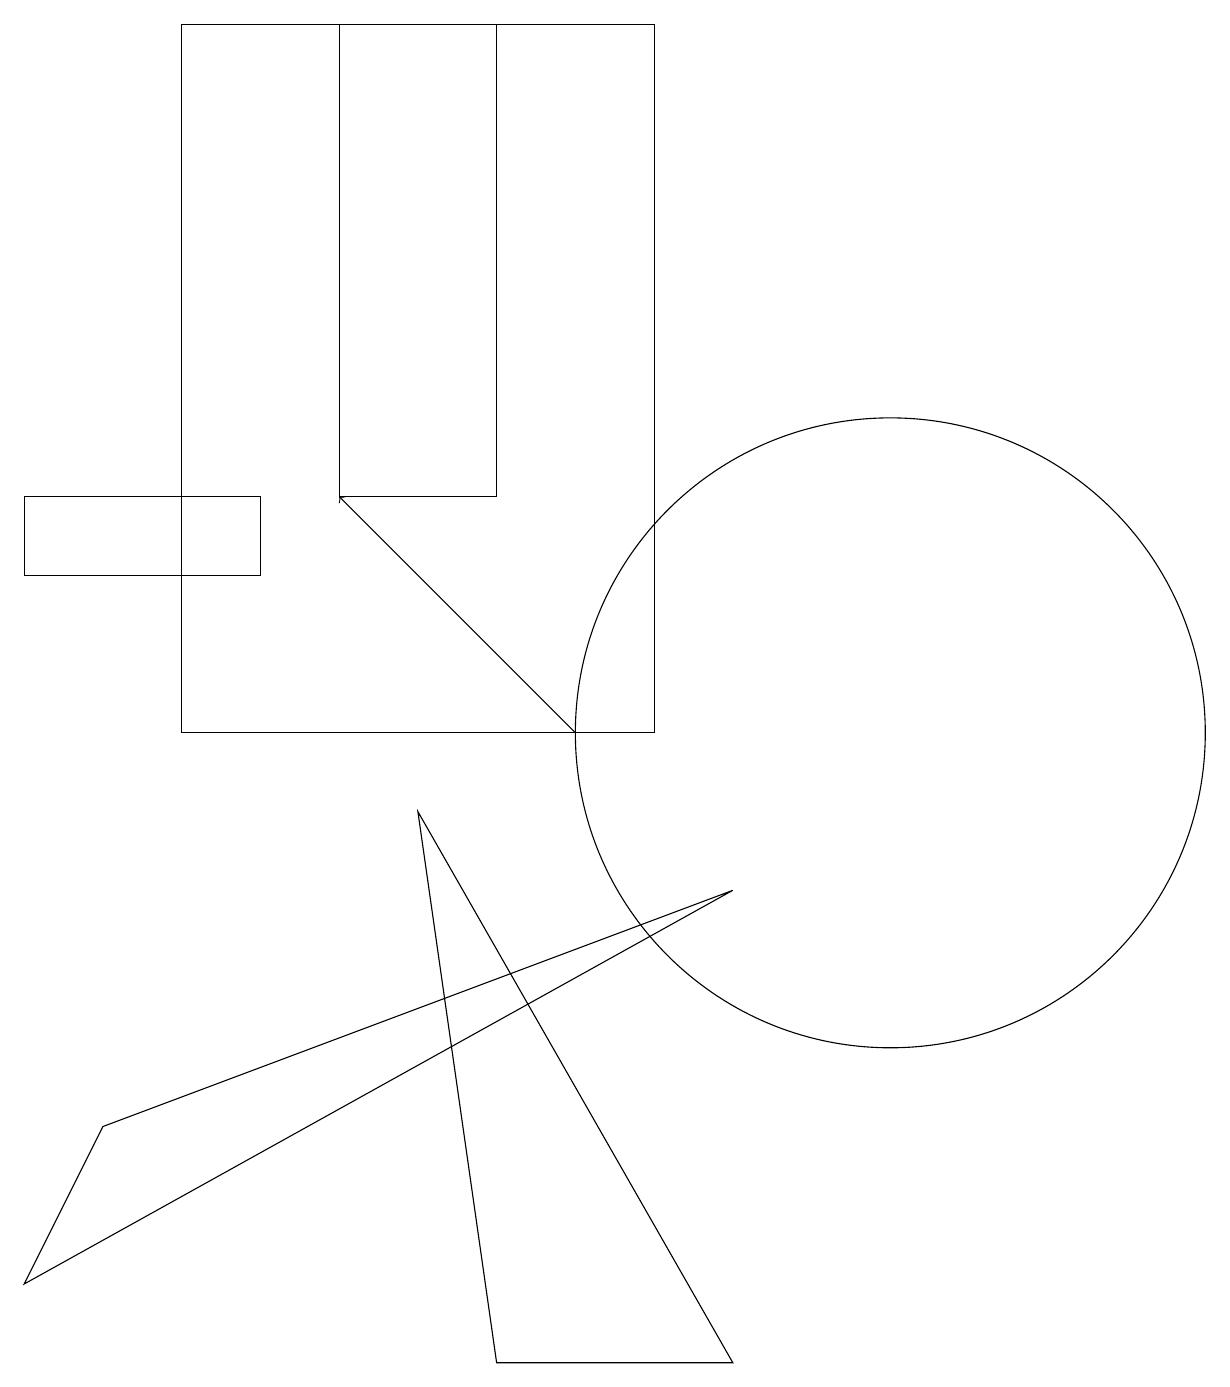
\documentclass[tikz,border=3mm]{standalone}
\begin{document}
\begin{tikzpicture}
\draw (6,13) rectangle (4,19);
\draw (3,12) rectangle (0,13);
\draw (11,10) circle (4);
\draw (9,8) -- (0,3) -- (1,5) -- cycle;
\draw (9,2) -- (5,9) -- (6,2) -- cycle;
\draw (2,10) rectangle (8,19);
\draw[->] (7,10) -- (4,13);
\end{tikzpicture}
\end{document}